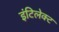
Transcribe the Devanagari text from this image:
इंटिलेक्ट